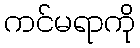
ကင်မရာကို